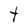
Character: t